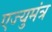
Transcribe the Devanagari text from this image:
एज्युमंत्र